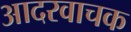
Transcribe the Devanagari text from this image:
आदरवाचक